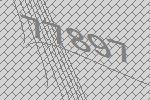
77897